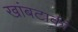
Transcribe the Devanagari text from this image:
खांबटाकी